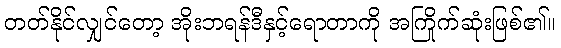
တတ်နိုင်လျှင်တော့ အိုးဘရန်ဒီနှင့်ရောတာကို အကြိုက်ဆုံးဖြစ်၏။